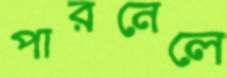
পারনেলে